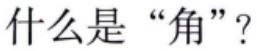
什么是“角”？